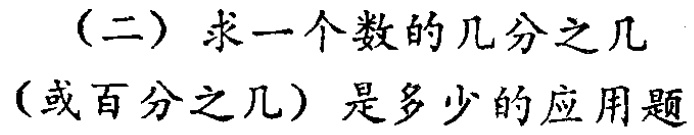
（二）求一个数的几分之几（或百分之几）是多少的应用题